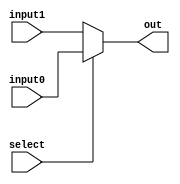
`timescale 1ns / 1ps
//////////////////////////////////////////////////////////////////////////////////
// Company: 
// Engineer: 
// 
// Design Name: 
// Module Name: RegMux
// Project Name: 
// Target Devices: 
// Tool Versions: 
// Description: 
// 
// Dependencies: 
// 
// Revision:
// Revision 0.01 - File Created
// Additional Comments:
// 
//////////////////////////////////////////////////////////////////////////////////


module RegMux(
    input select,
    input [4:0] input0,
    input [4:0] input1,
    output [4:0] out
    );
    assign out = select?input0:input1;
endmodule